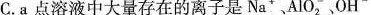
C.a点溶液中大量存在的离子是Na^{+}、AlO_{2}^{-}、OH^{-}